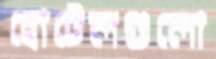
হোটেলগুলো